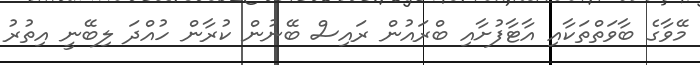
މޭވާގެ ބާވަތްތަކާއި އާޓާފުށާއި ބްރައުން ރައިސް ބޭނުން ކުރާން ހުއްދަ ލިބޭނީ އިތުރު